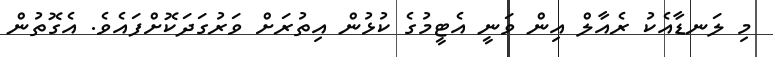
މި ލަނޑާއެކު ރެއާލް އިން ވަނީ އެޓީމުގެ ކުޅުން އިތުރަށް ވަރުގަދަކޮށްފައެވެ. އެގޮތުން